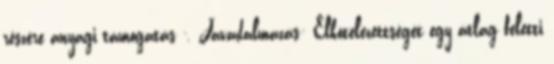
részére anyagi támogatás -. Javadalmazás: Elkötelezettségét egy átlag feletti